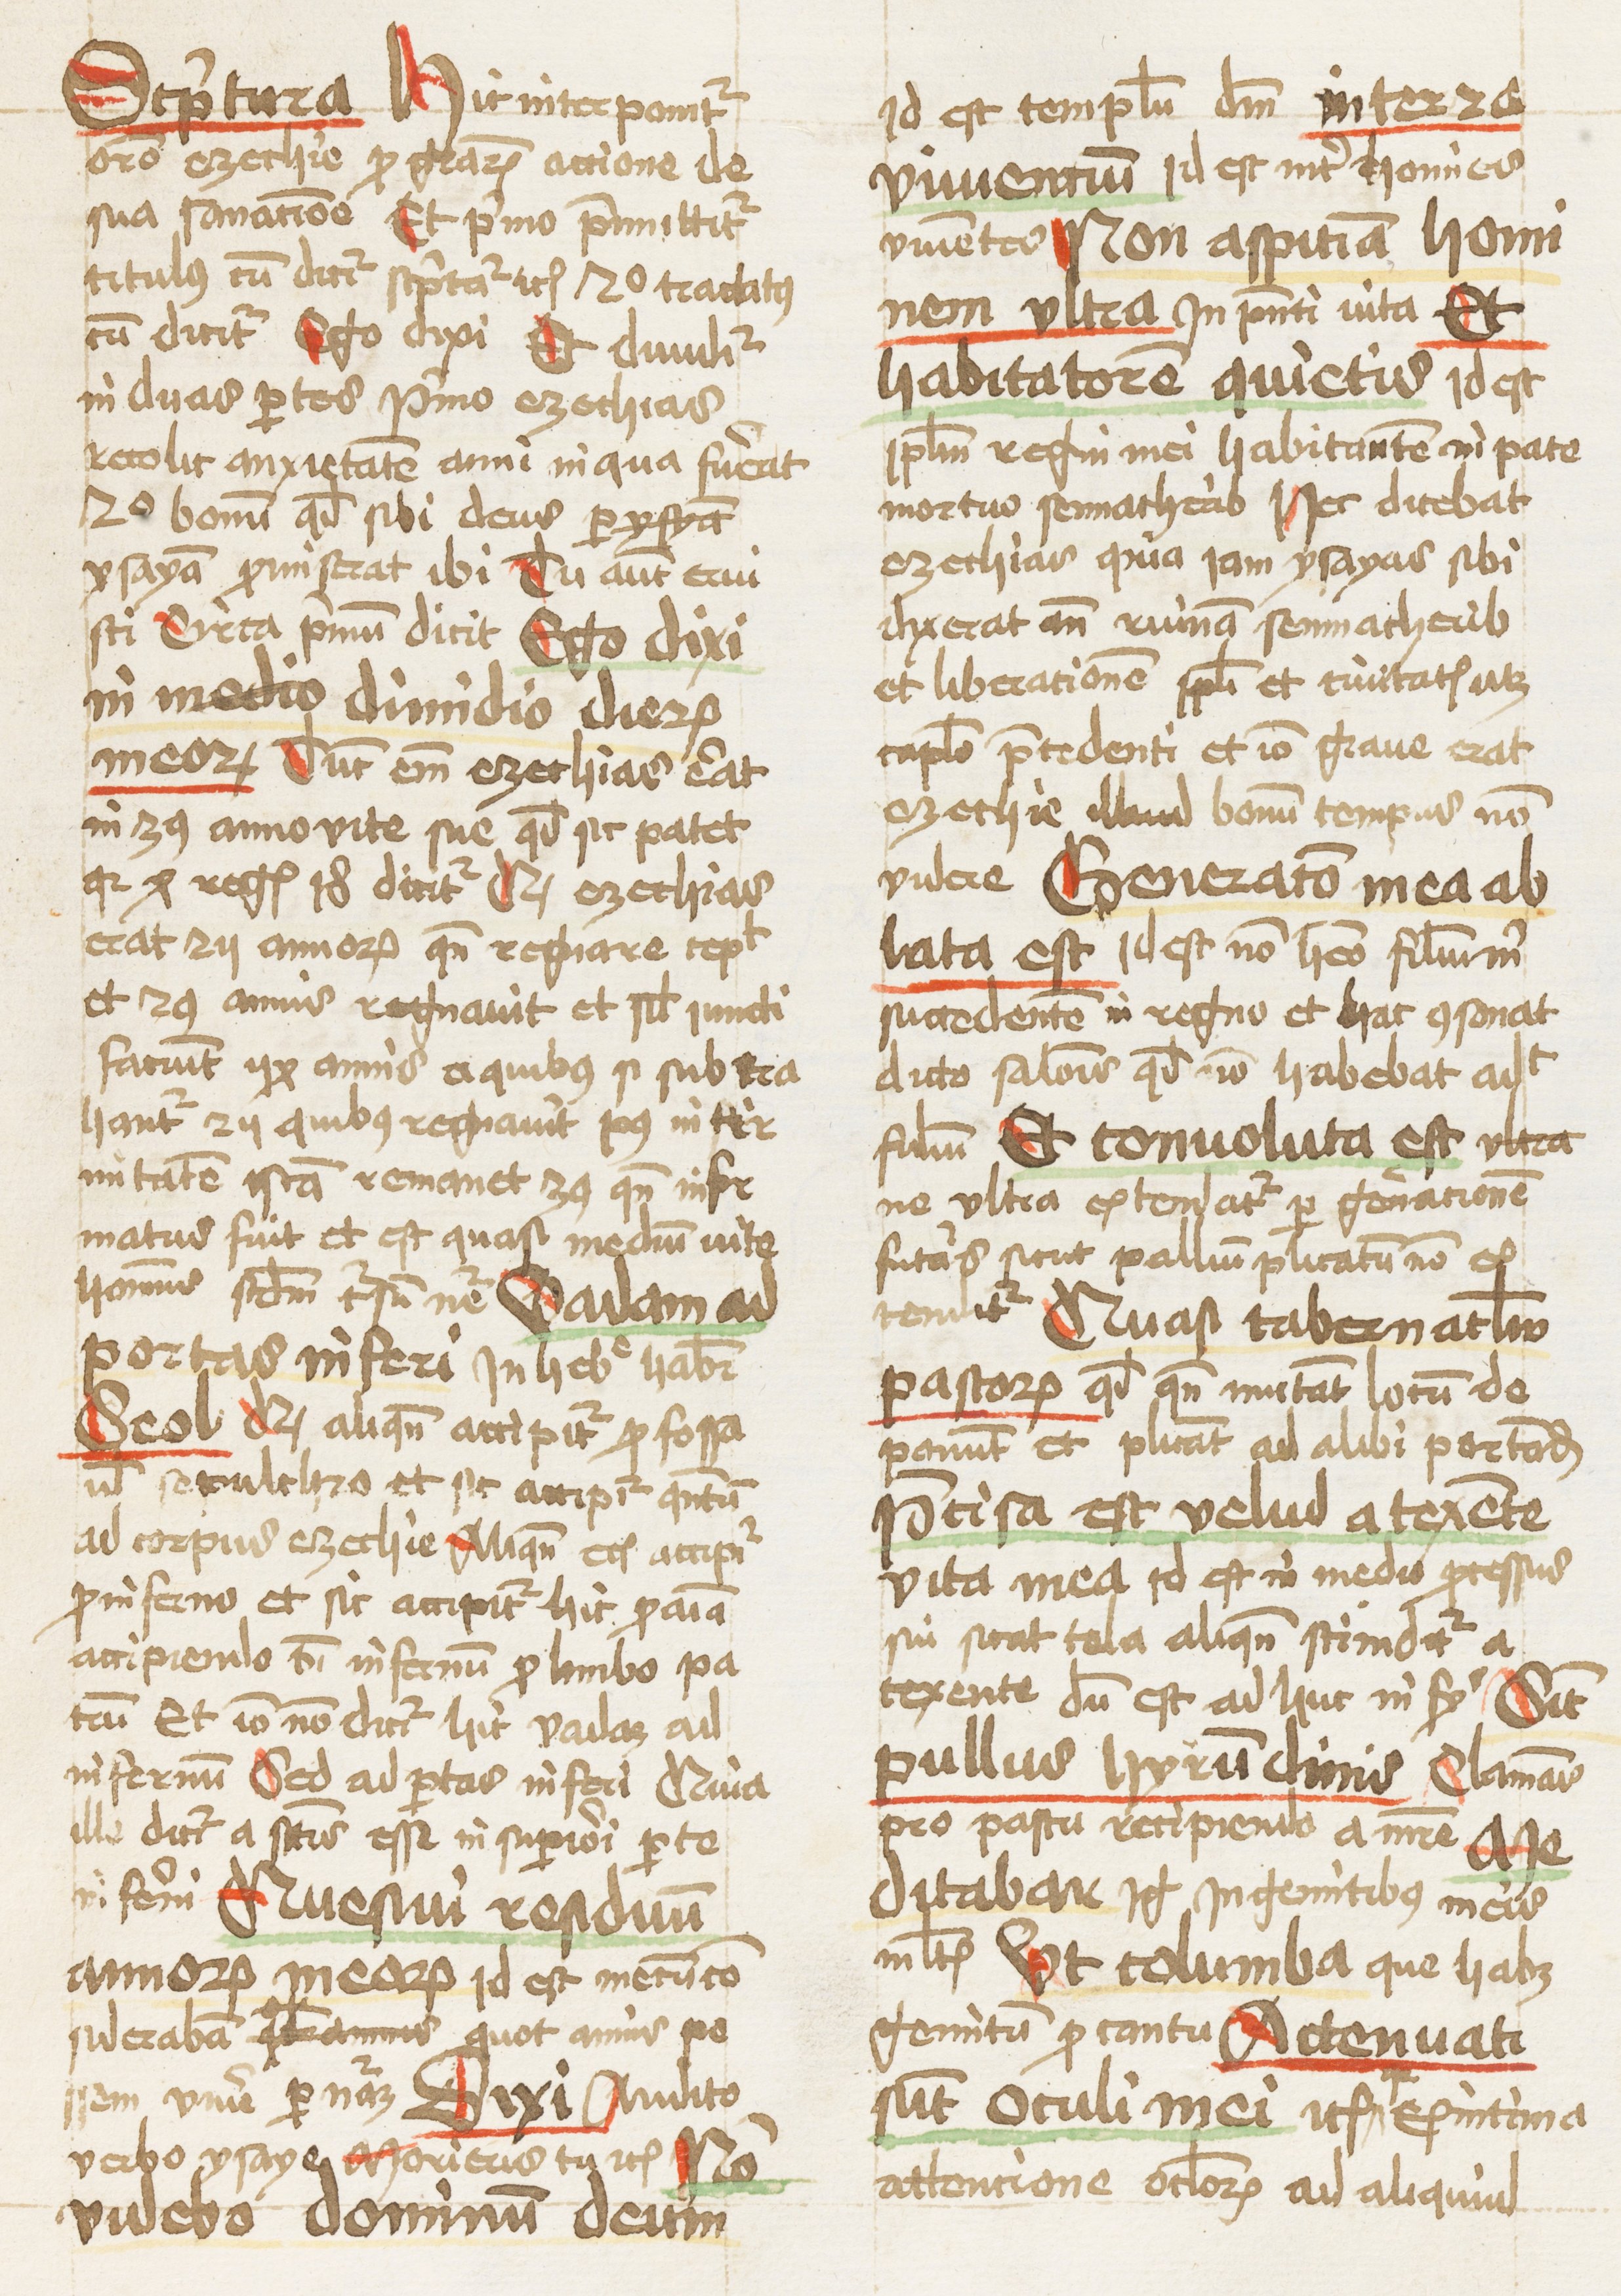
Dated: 1459–1459